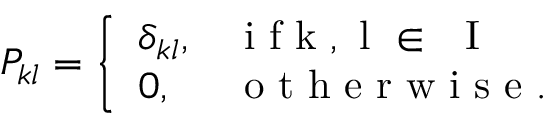
P _ { k l } = \left\{ \begin{array} { l l } { \delta _ { k l } , } & { \mathrm { ~ i ~ f ~ k ~ , ~ l ~ \in ~ { ~ I ~ } ~ } } \\ { 0 , } & { \mathrm { ~ o ~ t ~ h ~ e ~ r ~ w ~ i ~ s ~ e ~ . ~ } } \end{array} \right.